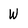
Character: W